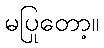
မပြုတော့။